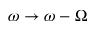
\omega \rightarrow \omega - \Omega